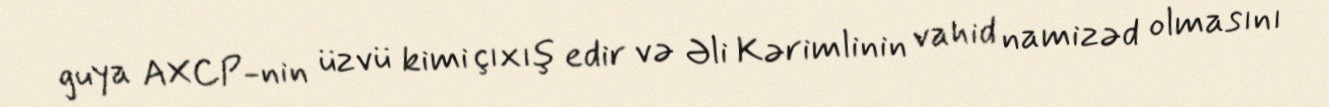
guya AXCP-nin üzvü kimi çıxış edir və Əli Kərimlinin vahid namizəd olmasını